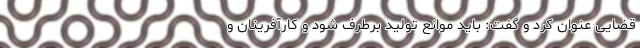
قضایی عنوان کرد و گفت: باید موانع تولید برطرف شود و کارآفرینان و